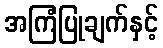
အကြံပြုချက်နှင့်